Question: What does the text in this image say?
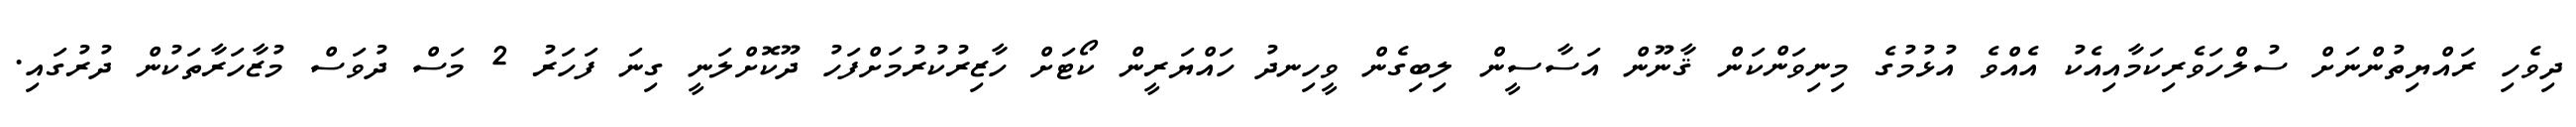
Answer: ދިވެހި ރައްޔިތުންނަށް ސުލްހަވެރިކަމާއިއެކު އެއްވެ އުޅުމުގެ މިނިވަންކަން ޤާނޫން އަސާސީން ލިބިގެން ވީހިނދު ހައްޔަރީން ކޯޓަށް ހާޒިރުކުރުމަށްފަހު ދޫކޮށްލަނީ ގިނަ ފަހަރު 2 މަސް ދުވަސް މުޒާހަރާތަކުން ދުރުގައި.